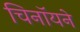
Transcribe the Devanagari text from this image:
चिनॉयने